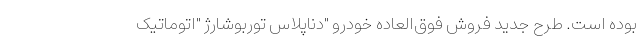
بوده است. طرح جدید فروش فوق‌العاده خودرو "دناپلاس توربوشارژ "اتوماتیک